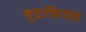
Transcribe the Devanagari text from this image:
यूटाफियस